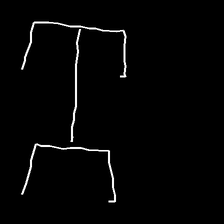
Glyph: entwine